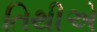
તિથીએ